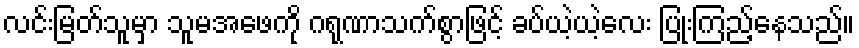
လင်းမြတ်သူမှာ သူမအဖေကို ဂရုဏာသက်စွာဖြင့် ခပ်ယဲ့ယဲ့လေး ပြုံးကြည့်နေသည်။